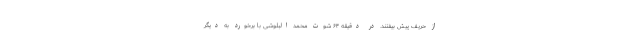
از حریف پیش بیفتند. در دقیقه ۶۴ شوت محمد البلوشی با برخورد به دیگر